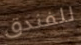
للفندق